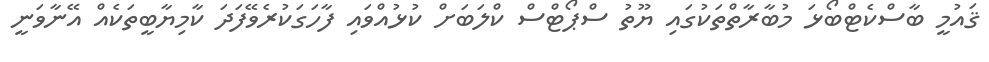
ޤައުމީ ބާސްކެޓްބޯޅަ މުބާރާތްތަކުގައި ޔޫތު ސްޕޯޓްސް ކްލަބަށް ކުޅުއްވައި ފާހަގަކުރެވޭފަދަ ކާމިޔާބީތަކެއް އޭނާވަނީ